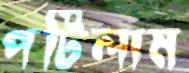
পটিলাম